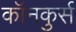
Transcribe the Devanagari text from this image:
कॉनकुर्स